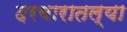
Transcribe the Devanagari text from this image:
दरबारातल्या